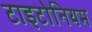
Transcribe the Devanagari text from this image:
टाइटोनियम